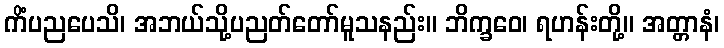
ကိံပညပေသိ၊ အဘယ်သို့ပညတ်တော်မူသနည်း။ ဘိက္ခဝေ၊ ရဟန်းတို့။ အတ္တာနံ၊